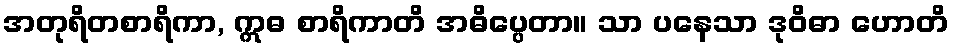
အတုရိတစာရိကာ, ဣဓ စာရိကာတိ အဓိပ္ပေတာ။ သာ ပနေသာ ဒုဝိဓာ ဟောတိ